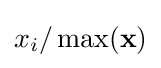
x_{i}/\max(\mathbf {x} )